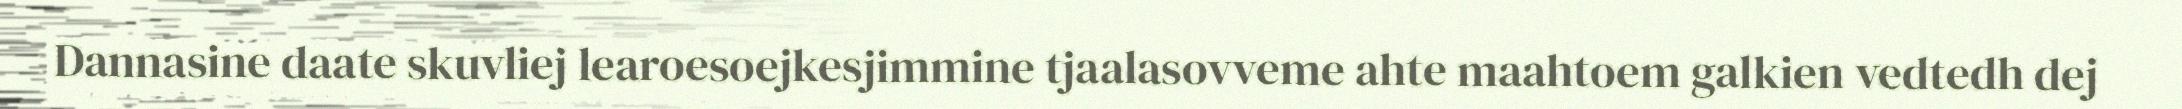
Dannasine daate skuvliej learoesoejkesjimmine tjaalasovveme ahte maahtoem galkien vedtedh dej